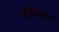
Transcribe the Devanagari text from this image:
गाडेगाव